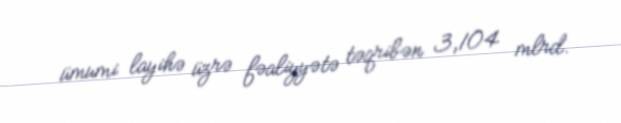
ümumi layihə üzrə fəaliyyətə təqribən 3,104 mlrd.